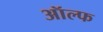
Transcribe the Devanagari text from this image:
ऑल्फ